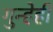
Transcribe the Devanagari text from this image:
गुन्हेही